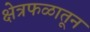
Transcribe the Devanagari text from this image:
क्षेत्रफळातून